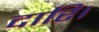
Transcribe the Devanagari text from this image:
दारि।